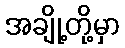
အချို့တို့မှာ